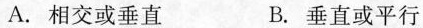
A.相交或垂直 B.垂直或平行